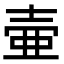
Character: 壷